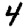
Digit: 4